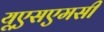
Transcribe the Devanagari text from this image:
यूएसएमसी